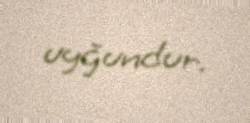
uyğundur.